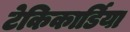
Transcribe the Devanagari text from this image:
टेकिकार्डिया